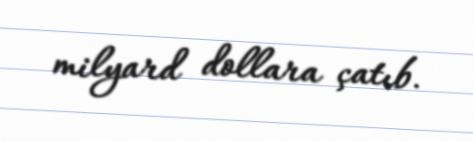
milyard dollara çatıb.